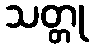
သတ္တု